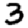
Digit: 3